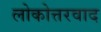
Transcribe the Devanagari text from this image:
लोकोत्तरवाद